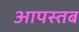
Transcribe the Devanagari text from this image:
आपस्तब